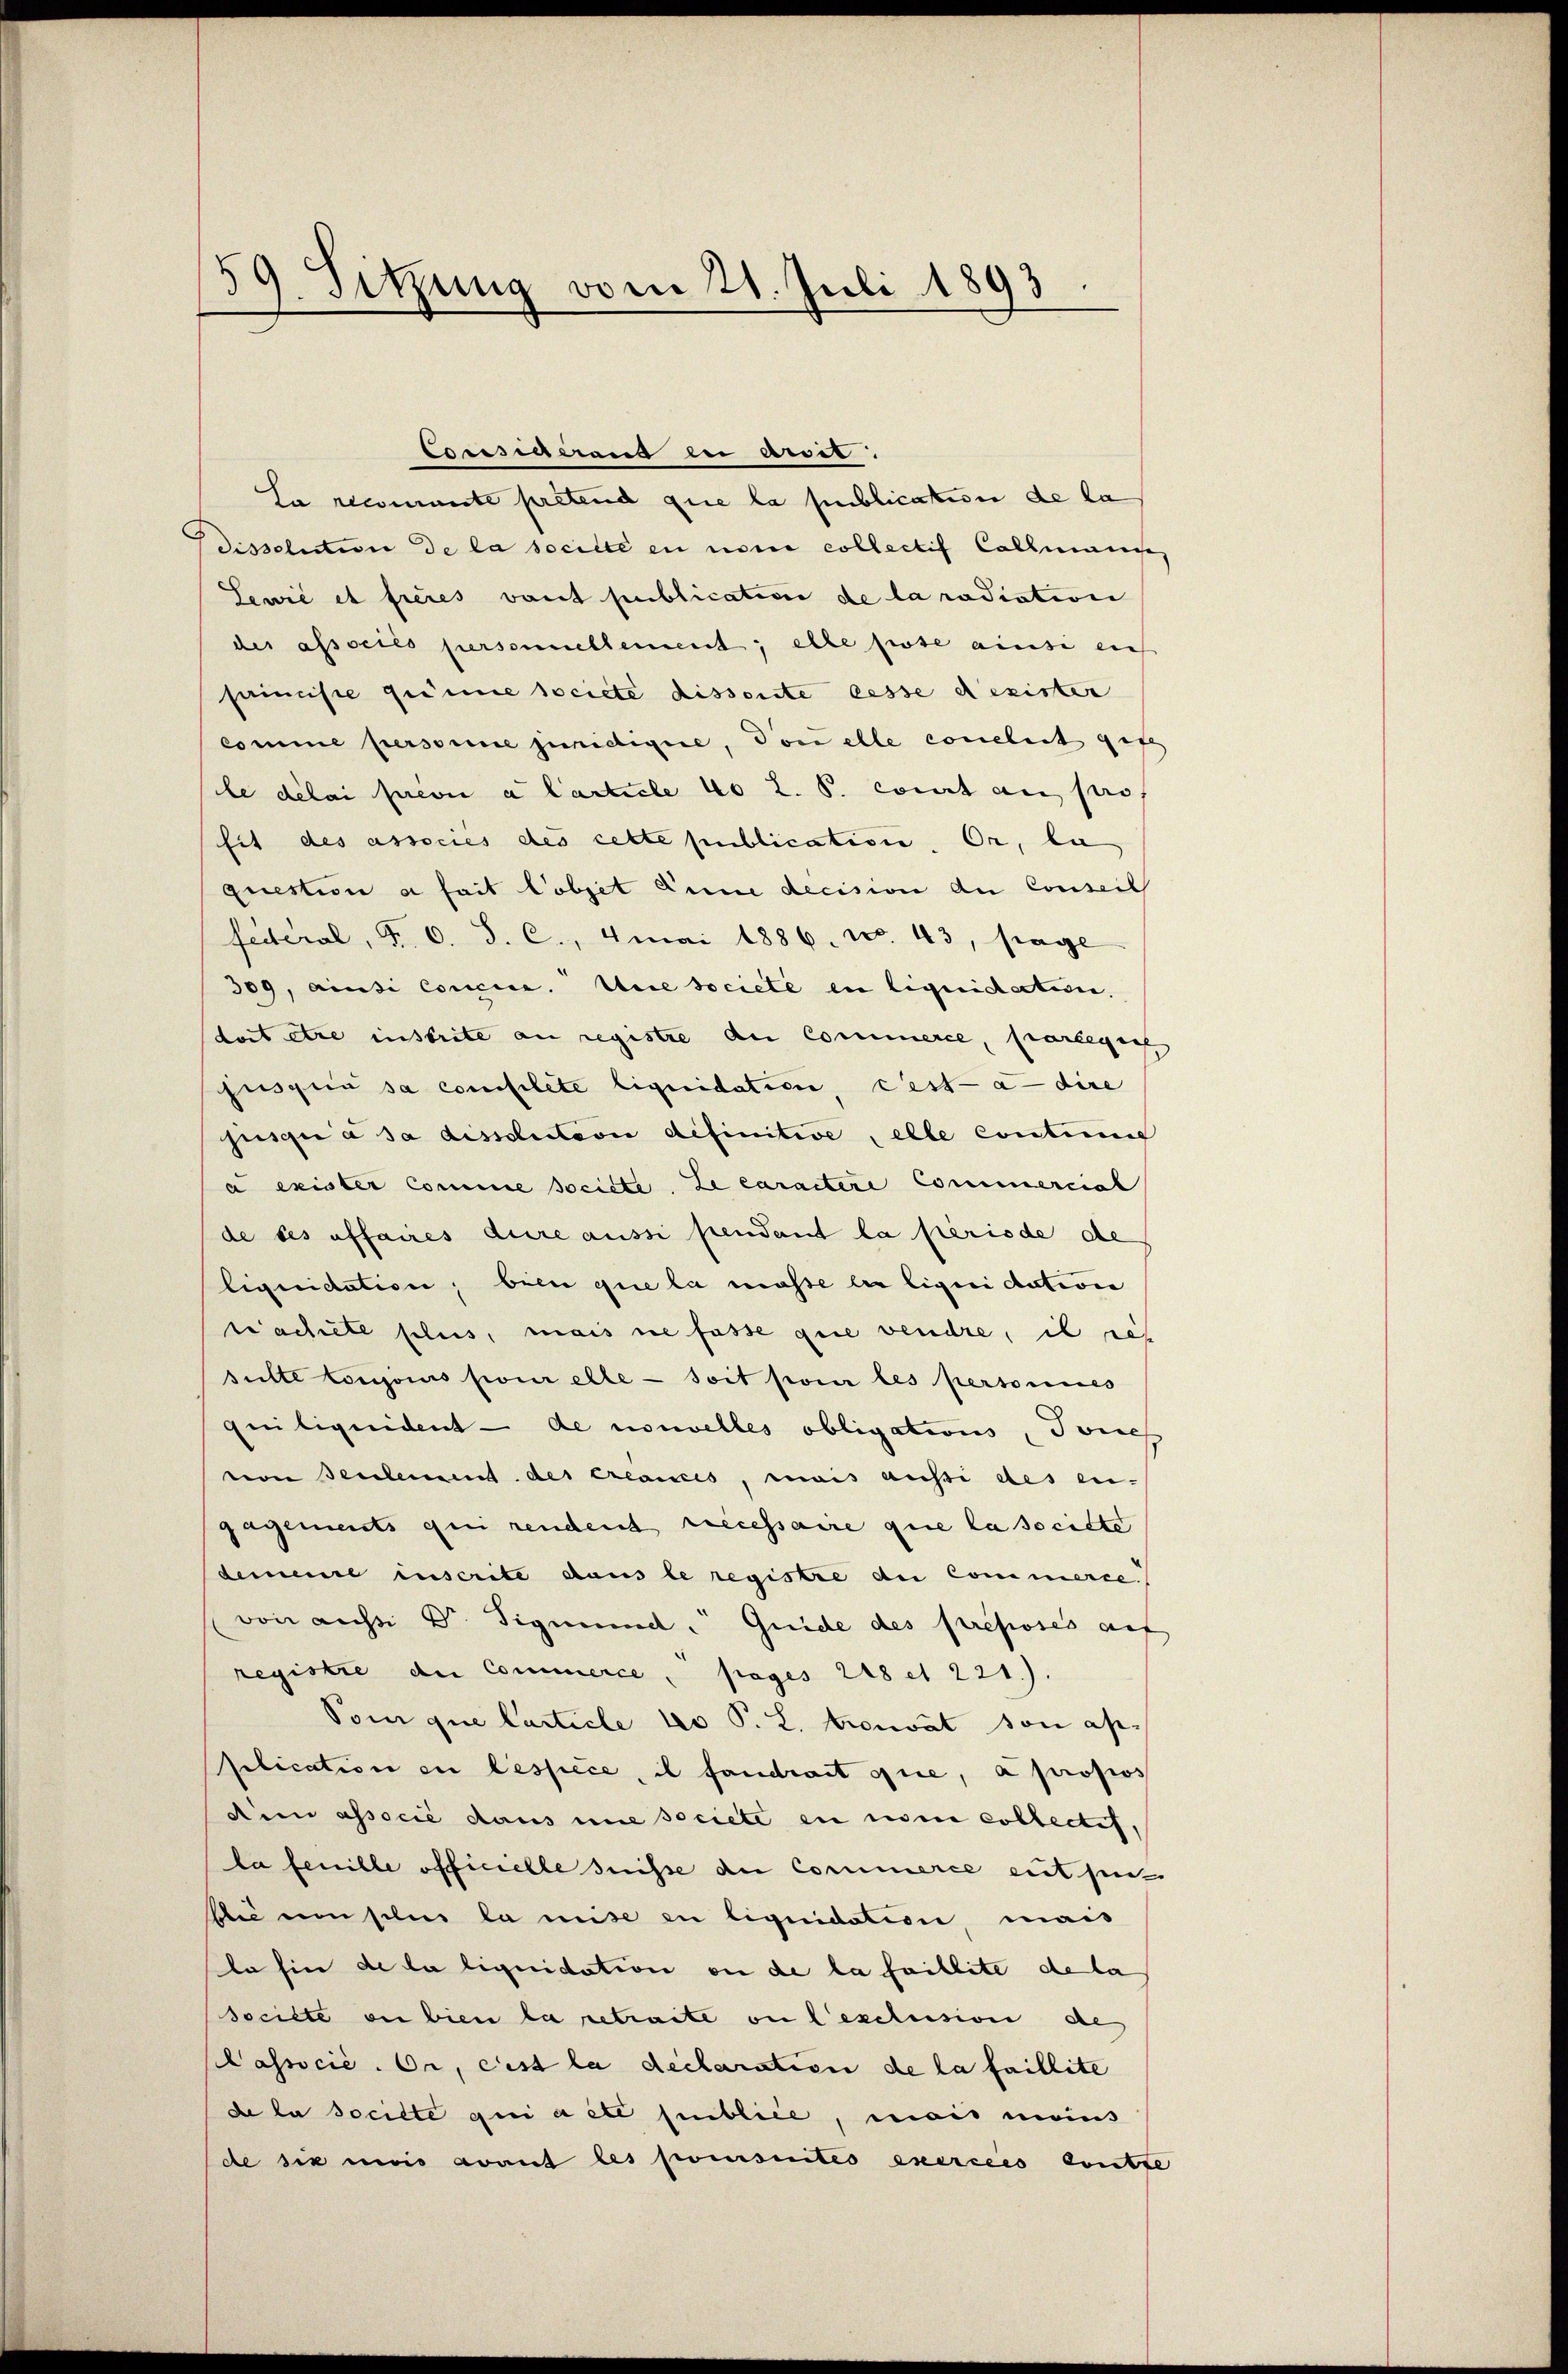
19. Sitzung vom 21. Juli 1893

Cosssigeront lei auses.
La recommste pretend que la publication de la
Bdissolution de la socille en non collectif Collmann
Lewić et freies vant publication de la radiation
des associés personnellement; elle pote ains auch
painiste grime societe dissoute cesse dezister
comme personne juridique, Ton alle conclut ges
le délai privi a Carticle 40 Z. B. Court au pro
fit des associes des cette publication. Er, la
question a fait lobjet dene decision der Conseil
federal, P. O. S. C., Amai 1886. No. 43, sage
309, ainsi Concie. Wie societe en liquidation.
doit être insbrite an registre der Commerce, parlegen
jusquia sa confilete liquidation, cest-à-dire
jisque à sa dissolution definitive, elle contum
a exister Comme societe. Le caractere Commercial
de ses affaires dure aussi pendant la periode de
liquidation, bien que la masse les liquidation
trachtete selis, mais nie fasse que vendre, il ref
sulte Corporis pour elte - soit pour les personnes
quiliquident - de nouvelles obligations, Tones
von Teilement des créances, mais aussi des en-
gagements qui rendent recessaire que la societe
demeine inscrite dans le registre an Commerce.
von aussi Dr. Sigmund. Guide des Preposés auf
registre die Commerce, pages 218 et 221.).
Vom que Carticle lo P. L. trouvat son application en lespèce, il fandrait que, à propos
di associé dans une societe en num collectif,
la feuille officielle suisse der Commerce entfe
bi ein silus la mise in liquidation mais
le hier de la liquidation ou de la faillite de la
socilte en bien la retraite ou l’exclusion de
Passocie. Er, Cist la declaration de la faillite
de la socilte qui a été publice, mais moins
de six mois avant les poursuites exercées contre